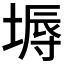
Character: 𡏌